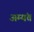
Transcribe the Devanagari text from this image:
अम्यंत